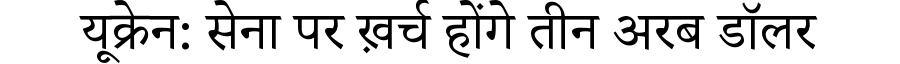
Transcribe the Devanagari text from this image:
यूक्रेन: सेना पर ख़र्च होंगे तीन अरब डॉलर